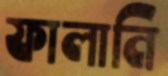
ফালানি